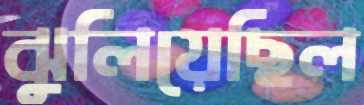
ঝুলিয়েছিল